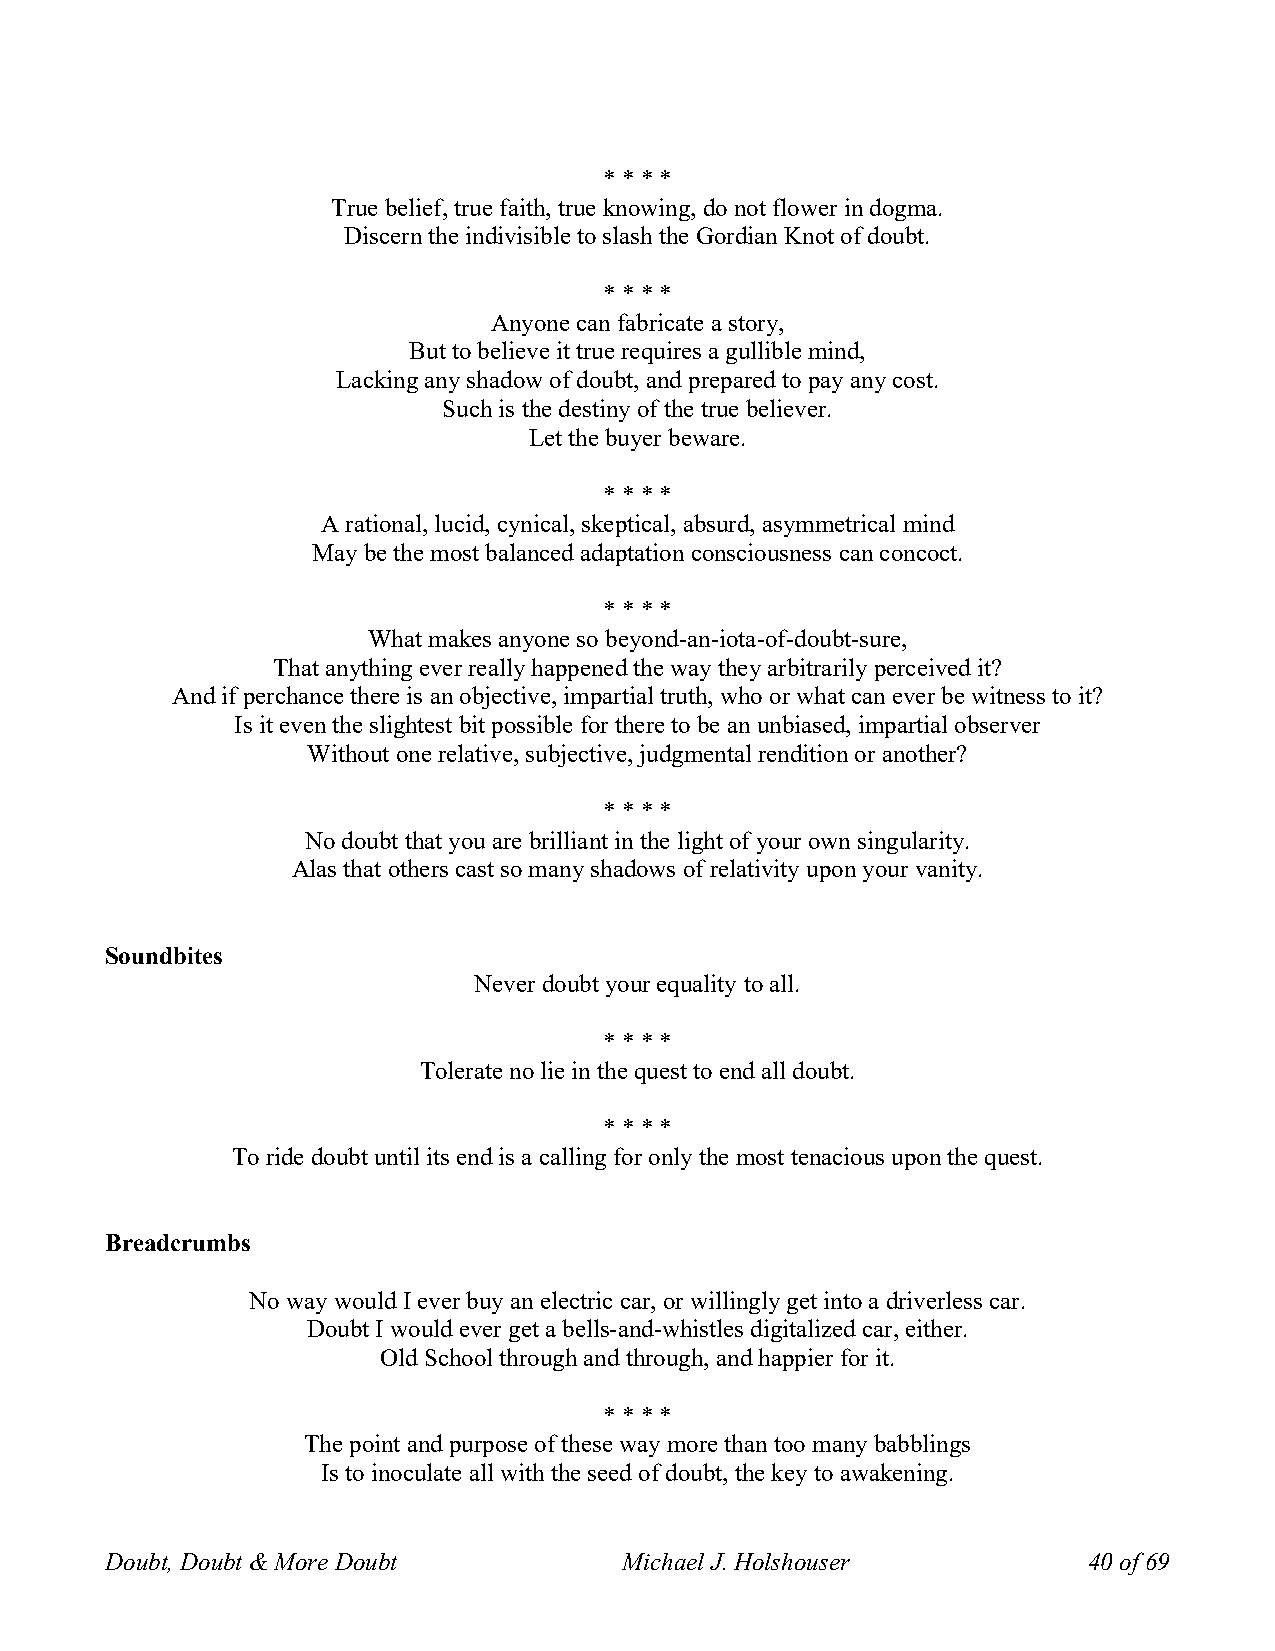
* * * *
 True belief, true faith, true knowing, do not flower in dogma.
 Discern the indivisible to slash the Gordian Knot of doubt.
 * * * *
 Anyone can fabricate a story,
 But to believe it true requires a gullible mind,
 Lacking any shadow of doubt, and prepared to pay any cost.
 Such is the destiny of the true believer.
 Let the buyer beware.
 * * * *
 A rational, lucid, cynical, skeptical, absurd, asymmetrical mind
 May be the most balanced adaptation consciousness can concoct.
 * * * *
 What makes anyone so beyond-an-iota-of-doubt-sure,
 That anything ever really happened the way they arbitrarily perceived it?
 And if perchance there is an objective, impartial truth, who or what can ever be witness to it?
 Is it even the slightest bit possible for there to be an unbiased, impartial observer
 Without one relative, subjective, judgmental rendition or another?
 * * * *
 No doubt that you are brilliant in the light of your own singularity.
 Alas that others cast so many shadows of relativity upon your vanity.
 Soundbites
 Never doubt your equality to all.
 * * * *
 Tolerate no lie in the quest to end all doubt.
 * * * *
 To ride doubt until its end is a calling for only the most tenacious upon the quest.
 Breadcrumbs
 No way would I ever buy an electric car, or willingly get into a driverless car.
 Doubt I would ever get a bells-and-whistles digitalized car, either.
 Old School through and through, and happier for it.
 * * * *
 The point and purpose of these way more than too many babblings
 Is to inoculate all with the seed of doubt, the key to awakening.
 Doubt, Doubt & More Doubt         Michael J. Holshouser          40 of 69